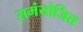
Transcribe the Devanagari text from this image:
समंयोजित